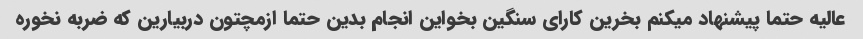
عالیه حتما پیشنهاد میکنم بخرین کارای سنگین بخواین انجام بدین حتما ازمچتون دربیارین که ضربه نخوره